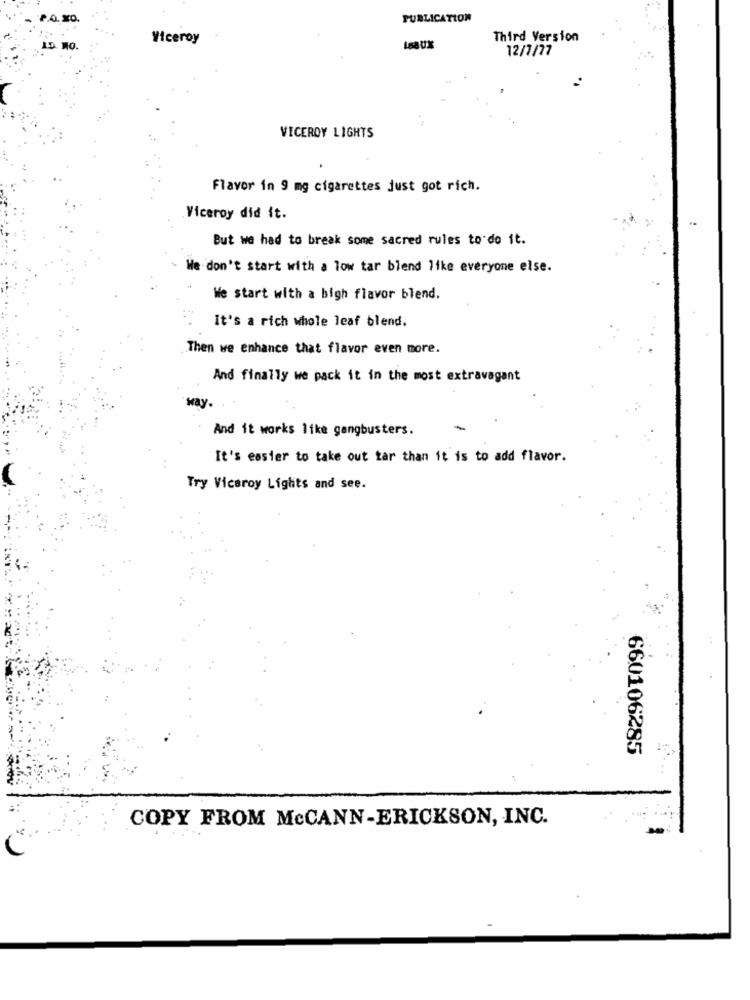
P.O. STO.
PUBLICATION
Viceroy
Third Version
12/7/77
VICEROY LIGHTS
Flavor in 9 mg cigarettes just got rich.
Viceroy did it.
But we had to break some sacred rules to do it.
We don't start with a low tar blend like everyone else.
We start with a high flavor blend.
It's a rich whole leaf blend.
Then we enhance that flavor even more.
And finally we pack it in the most extravagant
And it works like gangbusters.
-
It's easier to take out tar than it is to add flavor.
Try Viceroy Lights and see.
660106285
COPY FROM McCANN-ERICKSON, INC.